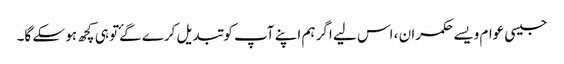
جیسی عوام ویسے حکمران ، اس لیے اگر ہم اپنے آپ کو تبدیل کرے گۓتو ہی کچھ ہو سکے گا۔